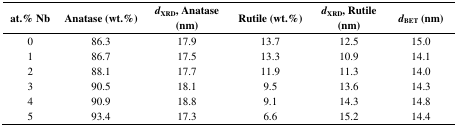
<table><thead><tr><td><b>at.% Nb</b></td><td><b>Anatase (wt.%)</b></td><td><b>d<sub>XRD</sub>, Anatase (nm)</b></td><td><b>Rutile (wt.%)</b></td><td><b>d<sub>XRD</sub>, Rutile (nm)</b></td><td><b>d<sub>BET</sub> (nm)</b></td></tr></thead><tbody><tr><td>0</td><td>86.3</td><td>17.9</td><td>13.7</td><td>12.5</td><td>15.0</td></tr><tr><td>1</td><td>86.7</td><td>17.5</td><td>13.3</td><td>10.9</td><td>14.1</td></tr><tr><td>2</td><td>88.1</td><td>17.7</td><td>11.9</td><td>11.3</td><td>14.0</td></tr><tr><td>3</td><td>90.5</td><td>18.1</td><td>9.5</td><td>13.6</td><td>14.3</td></tr><tr><td>4</td><td>90.9</td><td>18.8</td><td>9.1</td><td>14.3</td><td>14.8</td></tr><tr><td>5</td><td>93.4</td><td>17.3</td><td>6.6</td><td>15.2</td><td>14.4</td></tr></tbody></table>